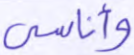
وأناسي